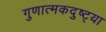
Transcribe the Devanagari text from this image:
गुणात्मकदुष्ट्या